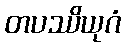
တပဿိယုဂံ